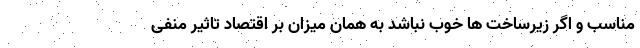
مناسب و اگر زیرساخت ها خوب نباشد به همان میزان بر اقتصاد تاثیر منفی